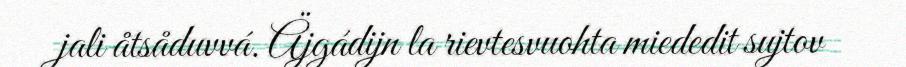
jali åtsåduvvá. Äjgádijn la rievtesvuohta miededit sujtov